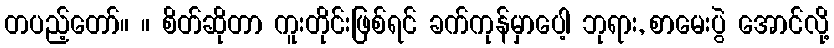
တပည့်တော်။ ။ စိတ်ဆိုတာ ကူးတိုင်းဖြစ်ရင် ခက်ကုန်မှာပေါ့ ဘုရား, စာမေးပွဲ အောင်လို့